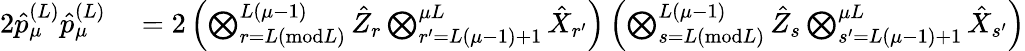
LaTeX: \begin{array}{rl}{2\hat{p}_{\mu}^{(L)}\hat{p}_{\mu}^{(L)}}&{{}=2\left(\bigotimes_{r=L(\textrm{mod}L)}^{L(\mu-1)}\hat{Z}_{r}\bigotimes_{r^{\prime}=L(\mu-1)+1}^{\mu L}\hat{X}_{r^{\prime}}\right)\left(\bigotimes_{s=L(\textrm{mod}L)}^{L(\mu-1)}\hat{Z}_{s}\bigotimes_{s^{\prime}=L(\mu-1)+1}^{\mu L}\hat{X}_{s^{\prime}}\right)}\end{array}